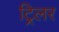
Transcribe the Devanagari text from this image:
ट्रिलर